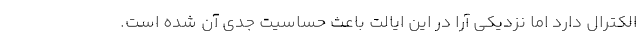
الکترال دارد اما نزدیکی آرا در این ایالت باعث حساسیت جدی آن شده است.